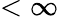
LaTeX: <\infty